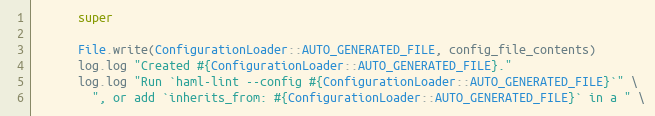
Language: Ruby
      super

      File.write(ConfigurationLoader::AUTO_GENERATED_FILE, config_file_contents)
      log.log "Created #{ConfigurationLoader::AUTO_GENERATED_FILE}."
      log.log "Run `haml-lint --config #{ConfigurationLoader::AUTO_GENERATED_FILE}`" \
        ", or add `inherits_from: #{ConfigurationLoader::AUTO_GENERATED_FILE}` in a " \